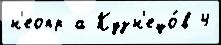
н'еопр а Кузн'ецо́в 4